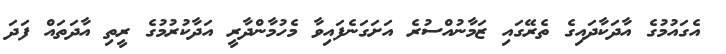
އެގައުމުގެ އާދަކާދައިގެ ތެރޭގައި ޒަމާނުއްސުރެ އަށަގަނެފައިވާ މެހުމާންދާރީ އަދާކުރުމުގެ ރީތި އާދަތައް ފަދަ